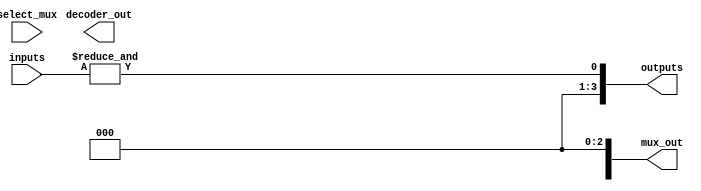
module combinational_logic_blocks
#(
    parameter NUM_INPUTS = 4, // Configurable number of inputs (2 to 16)
    parameter LOGIC_FUNC = 0   // Select logic function: 0 - AND, 1 - OR, 2 - NOT, 3 - NAND, 4 - NOR, 5 - XOR, 6 - MUX, 7 - DECODER
)
(
    input wire [NUM_INPUTS-1:0] inputs,       // Inputs for the combinational logic
    input wire [NUM_INPUTS-1:0] select_mux,    // Select lines for multiplexer
    output wire [NUM_INPUTS-1:0] outputs,      // Outputs for combinational logic
    output wire [NUM_INPUTS-1:0] mux_out,      // Multiplexer outputs
    output wire [3:0] decoder_out               // Decoder outputs (for 2-to-4 or 3-to-8)
);

// Logic Functions
generate
    if (LOGIC_FUNC == 0) begin: AND_LOGIC
        assign outputs = &inputs; // AND function
    end else if (LOGIC_FUNC == 1) begin: OR_LOGIC
        assign outputs = |inputs; // OR function
    end else if (LOGIC_FUNC == 2) begin: NOT_LOGIC
        assign outputs = ~inputs; // NOT function (single input)
    end else if (LOGIC_FUNC == 3) begin: NAND_LOGIC
        assign outputs = ~(inputs[0] & inputs[1]); // NAND function for 2 inputs
    end else if (LOGIC_FUNC == 4) begin: NOR_LOGIC
        assign outputs = ~(inputs[0] | inputs[1]); // NOR function for 2 inputs
    end else if (LOGIC_FUNC == 5) begin: XOR_LOGIC
        assign outputs = inputs[0] ^ inputs[1]; // XOR function for 2 inputs
    end else if (LOGIC_FUNC == 6) begin: MUX_LOGIC
        assign mux_out = select_mux ? inputs[NUM_INPUTS-1:0] : inputs[NUM_INPUTS-1:0]; // 2-to-1 MUX logic
    end else if (LOGIC_FUNC == 7) begin: DECODER_LOGIC
        assign decoder_out = (inputs[1:0] == 2'b00) ? 4'b0001 :
                             (inputs[1:0] == 2'b01) ? 4'b0010 :
                             (inputs[1:0] == 2'b10) ? 4'b0100 :
                             (inputs[1:0] == 2'b11) ? 4'b1000 : 4'b0000; // 2-to-4 Decoder logic
    end
endgenerate

endmodule